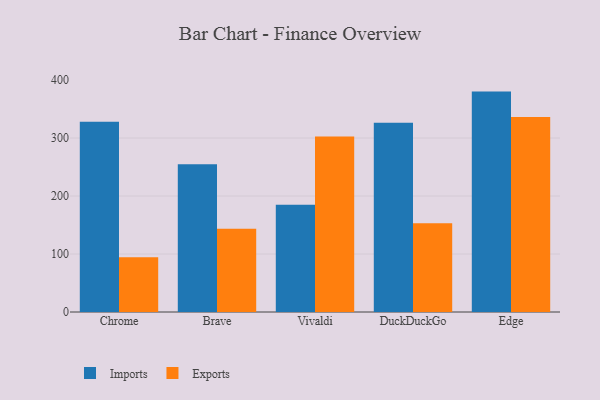
{"axis": {"x": "Browser", "y": "Tickets Resolved"}, "legend": ["Exports", "Imports"], "data": [{"x": "Chrome", "y": 328.0, "type": "Imports"}, {"x": "Chrome", "y": 94.3, "type": "Exports"}, {"x": "Brave", "y": 254.8, "type": "Imports"}, {"x": "Brave", "y": 143.4, "type": "Exports"}, {"x": "Vivaldi", "y": 185.0, "type": "Imports"}, {"x": "Vivaldi", "y": 302.5, "type": "Exports"}, {"x": "DuckDuckGo", "y": 326.4, "type": "Imports"}, {"x": "DuckDuckGo", "y": 153.2, "type": "Exports"}, {"x": "Edge", "y": 380.0, "type": "Imports"}, {"x": "Edge", "y": 336.3, "type": "Exports"}]}